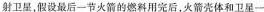
射卫星，假设最后一节火箭的燃料用完后，火箭壳体和卫星一